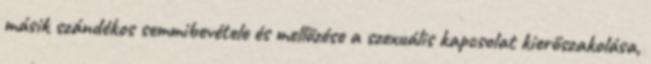
másik szándékos semmibevétele és mellőzése a szexuális kapcsolat kierőszakolása,